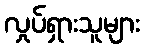
လှုပ်ရှားသူများ